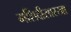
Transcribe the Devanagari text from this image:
मशिदीसारखा